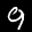
Label: 9